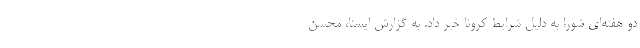
دو هفته‌ای شورا به دلیل شرایط کرونا خبر داد. به گزارش ایسنا، محسن